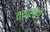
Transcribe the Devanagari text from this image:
त्यासही